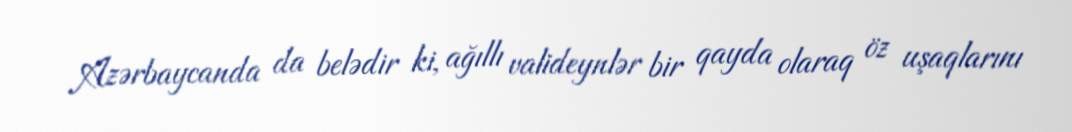
Azərbaycanda da belədir ki, ağıllı valideynlər bir qayda olaraq öz uşaqlarını